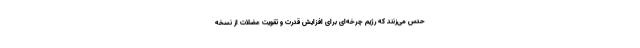
حدس می‌زنند که رژیم چرخه‌ای برای افزایش قدرت و تقویت عضلات از نسخه